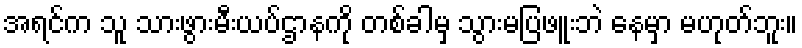
အရင်က သူ သားဖွားမီးယပ်ဌာနကို တစ်ခါမှ သွားမပြဖူးဘဲ နေမှာ မဟုတ်ဘူး။